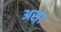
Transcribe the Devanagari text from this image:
अस़ा